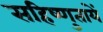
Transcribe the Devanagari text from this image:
सहिष्णुतायें